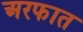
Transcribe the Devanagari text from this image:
अरफात